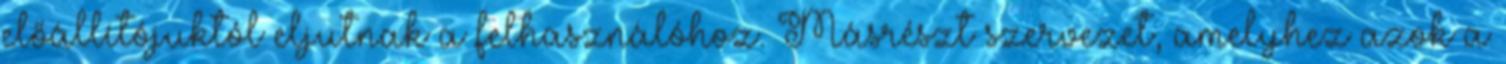
előállítójuktól eljutnak a felhasználóhoz. Másrészt szervezet, amelyhez azok a